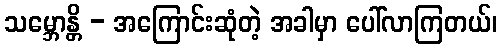
သမ္ဘောန္တိ - အကြောင်းဆုံတဲ့ အခါမှာ ပေါ်လာကြတယ်၊